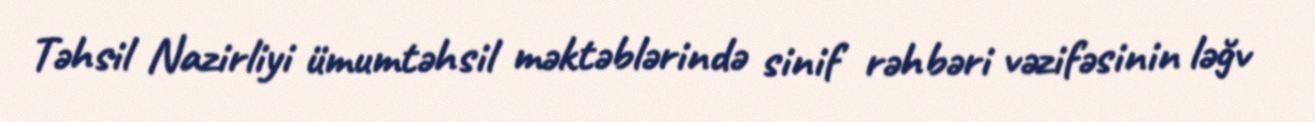
Təhsil Nazirliyi ümumtəhsil məktəblərində sinif rəhbəri vəzifəsinin ləğv